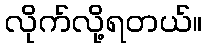
လိုက်လို့ရတယ်။